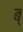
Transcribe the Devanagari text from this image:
ब्‌